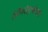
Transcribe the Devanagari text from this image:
लिंगदेहाभोवती